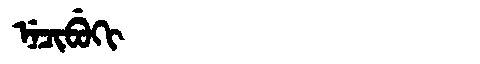
Manchu: ᠨᡝᠴᡳᠪᡠᡴᡳ
Romanization: NECIBUKI